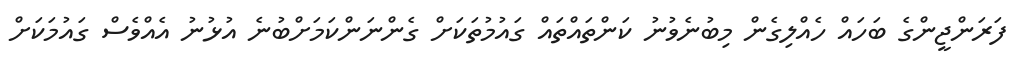
ފަރަންޖީންގެ ބަހައް ހެއްލިގެން މިބުނެވުނު ކަންތައްތައް ގައުމުތަކަށް ގެންނަންކަމަށްބުނެ އުޅުނު އެއްވެސް ގައުމަކަށް